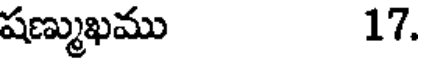
షణ్ముఖము 17.